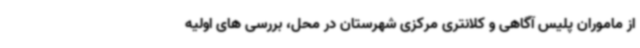
از ماموران پلیس آگاهی و کلانتری مرکزی شهرستان در محل، بررسی های اولیه